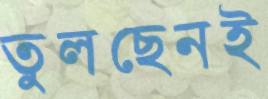
তুলছেনই